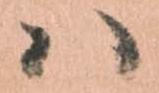
ハ